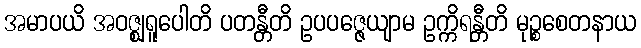
အမာပယိ အဝဇ္ဈရူပေါတိ ပတန္တီတိ ဥပပဇ္ဇေယျာမ ဥက္ကိရန္တီတိ မုဉ္စစေတနာယ